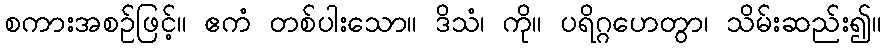
စကားအစဉ်ဖြင့်။ ဧကံ တစ်ပါးသော။ ဒိသံ၊ ကို။ ပရိဂ္ဂဟေတွာ၊ သိမ်းဆည်း၍။